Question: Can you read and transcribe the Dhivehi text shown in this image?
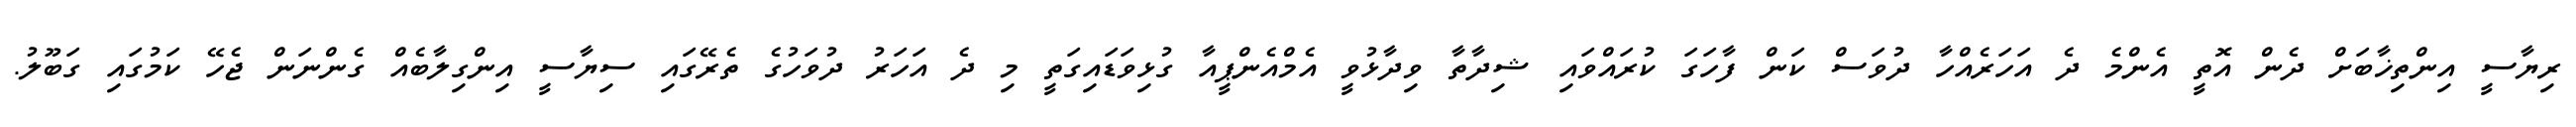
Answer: ރިޔާސީ އިންތިޚާބަށް ދެން އޮތީ އެންމެ ދެ އަހަރެއްހާ ދުވަސް ކަން ފާހަގަ ކުރައްވައި ޝިދާތާ ވިދާޅުވީ އެމްއެންޕީއާ ގުޅިވަޑައިގަތީ މި ދެ އަހަރު ދުވަހުގެ ތެރޭގައި ސިޔާސީ އިންގިލާބެއް ގެންނަން ޖެހޭ ކަމުގައި ގަބޫލު.